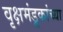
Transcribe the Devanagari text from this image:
वृक्षमंडूकांच्या